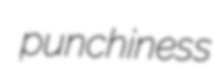
punchiness